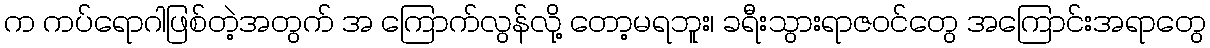
က ကပ်ရောဂါဖြစ်တဲ့အတွက် အ ကြောက်လွန်လို့ တော့မရဘူး၊ ခရီးသွားရာဇဝင်တွေ အကြောင်းအရာတွေ